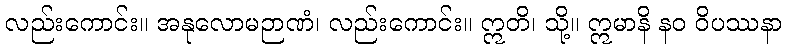
လည်းကောင်း။ အနုလောမဉာဏံ၊ လည်းကောင်း။ ဣတိ၊ သို့။ ဣမာနိ နဝ ဝိပဿနာ